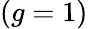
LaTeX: (g=1)